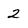
Character: 2